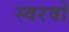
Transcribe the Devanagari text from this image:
स्वरवो